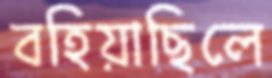
বহিয়াছিলে